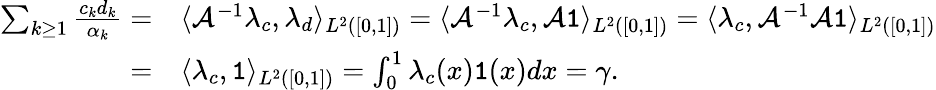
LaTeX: \begin{array}{rl}{\sum_{k\geq 1}\frac{c_{k}d_{k}}{\alpha_{k}}=}&{{}\langle\mathcal{A}^{-1}\lambda_{c},\lambda_{d}\rangle_{L^{2}([0,1])}=\langle\mathcal{A}^{-1}\lambda_{c},\mathcal{A}\mathtt{1}\rangle_{L^{2}([0,1])}=\langle\lambda_{c},\mathcal{A}^{-1}\mathcal{A}\mathtt{1}\rangle_{L^{2}([0,1])}}\\ {=}&{{}\langle\lambda_{c},\mathtt{1}\rangle_{L^{2}([0,1])}=\int_{0}^{1}\lambda_{c}(x)\mathtt{1}(x)dx=\gamma.}\end{array}